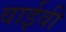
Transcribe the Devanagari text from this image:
वाईवी